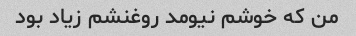
من که خوشم نیومد روغنشم زیاد بود